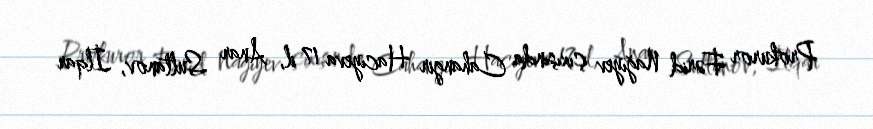
Prokuror Fərid Nağıyev çıxışında Cahangir Hacıyeva 17 il, Anar Sultanov, İlqar